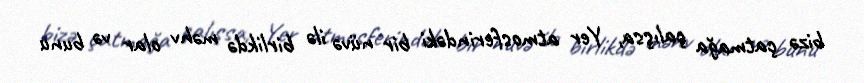
bizə çatmağa çalışsa, Yer atmosferindəki bir nüvə ilə birlikdə məhv olar və bunu